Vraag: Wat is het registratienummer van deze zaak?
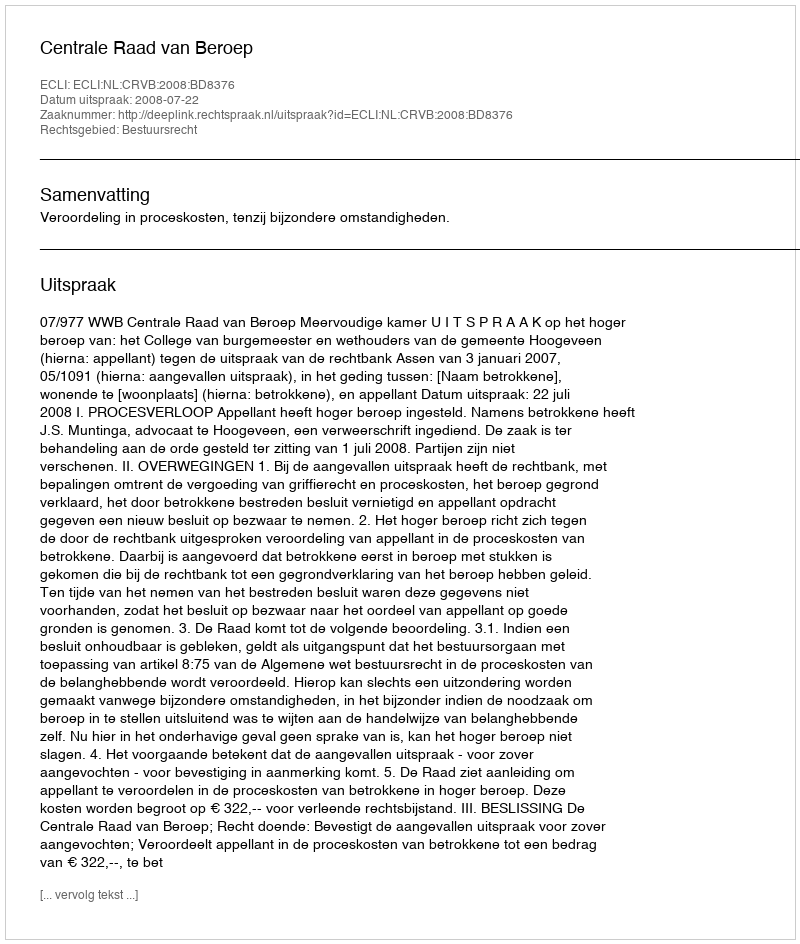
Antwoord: http://deeplink.rechtspraak.nl/uitspraak?id=ECLI:NL:CRVB:2008:BD8376